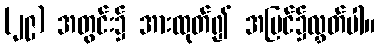
(၂၉) အတွင်း၌ အားထုတ်၍ အပြင်၌လွှတ်ပါ။